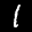
Label: 1